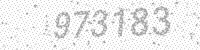
Solution: 973183